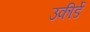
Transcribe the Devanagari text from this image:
उकीर्डे